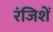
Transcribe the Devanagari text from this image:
रंजिशें